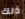
ذلك